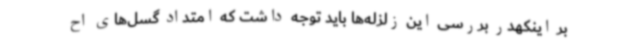
بر اینکهدر بررسی این زلزله‌ها باید توجه داشت که امتداد گسل‌های اح